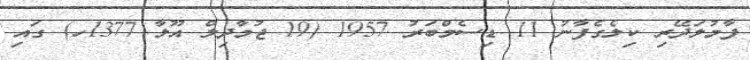
ފާމުލަދޭރި ކިލެގެފާނު 11 ޑިސެމްބަރު 1957 (19 ޖުމާދިލް އޫލާ 1377ހ) ގައި